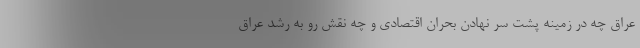
عراق چه در زمینه پشت سر نهادن بحران اقتصادی و چه نقش رو به رشد عراق